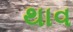
થાવ